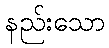
နည်းသော